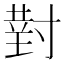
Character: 𫴰